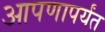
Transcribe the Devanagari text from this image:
आपणापर्यंत